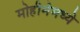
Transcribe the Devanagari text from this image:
मोहीमेमध्ये